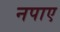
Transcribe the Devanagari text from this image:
नपाए